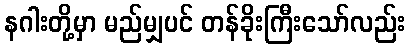
နဂါးတို့မှာ မည်မျှပင် တန်ခိုးကြီးသော်လည်း